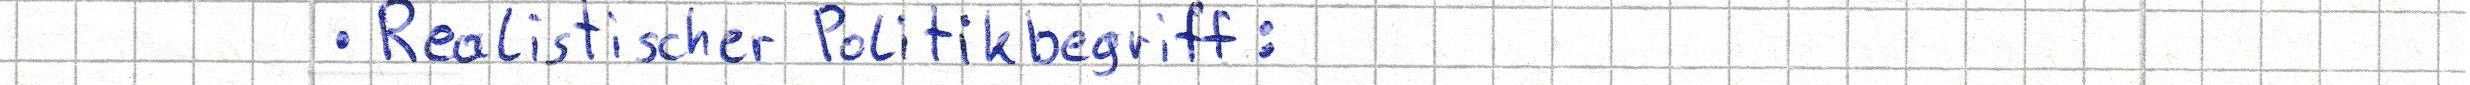
Realistischer Politkbegriff: